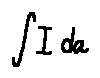
\int I d a